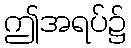
ဤအရပ်၌